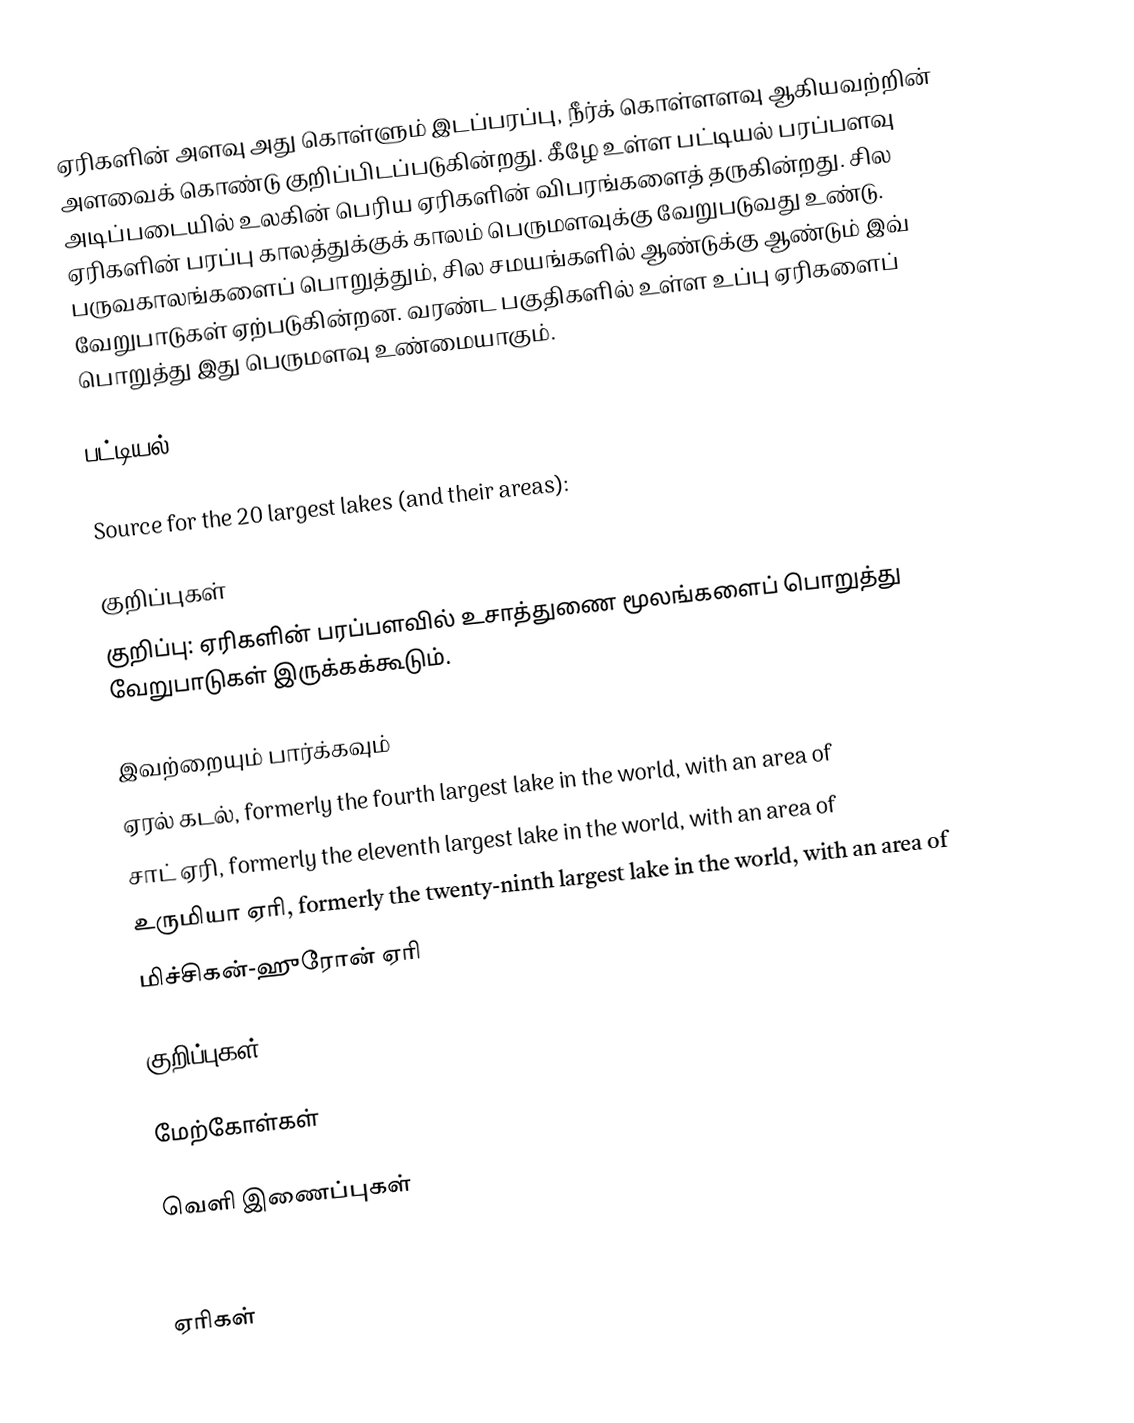
ஏரிகளின் அளவு அது கொள்ளும் இடப்பரப்பு, நீர்க் கொள்ளளவு ஆகியவற்றின் அளவைக் கொண்டு குறிப்பிடப்படுகின்றது. கீழே உள்ள பட்டியல் பரப்பளவு அடிப்படையில் உலகின் பெரிய ஏரிகளின் விபரங்களைத் தருகின்றது. சில ஏரிகளின் பரப்பு காலத்துக்குக் காலம் பெருமளவுக்கு வேறுபடுவது உண்டு. பருவகாலங்களைப் பொறுத்தும், சில சமயங்களில் ஆண்டுக்கு ஆண்டும் இவ் வேறுபாடுகள் ஏற்படுகின்றன. வரண்ட பகுதிகளில் உள்ள உப்பு ஏரிகளைப் பொறுத்து இது பெருமளவு உண்மையாகும்.

பட்டியல்

Source for the 20 largest lakes (and their areas):

குறிப்புகள்
குறிப்பு: ஏரிகளின் பரப்பளவில் உசாத்துணை மூலங்களைப் பொறுத்து வேறுபாடுகள் இருக்கக்கூடும்.

இவற்றையும் பார்க்கவும்
 ஏரல் கடல், formerly the fourth largest lake in the world, with an area of
 சாட் ஏரி, formerly the eleventh largest lake in the world, with an area of
 உருமியா ஏரி, formerly the twenty-ninth largest lake in the world, with an area of
 மிச்சிகன்-ஹுரோன் ஏரி

குறிப்புகள்

மேற்கோள்கள்

வெளி இணைப்புகள்

ஏரிகள்